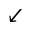
\swarrow